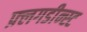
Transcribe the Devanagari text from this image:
फ़्लगडीन्स्ट